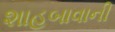
શાહબાવાની